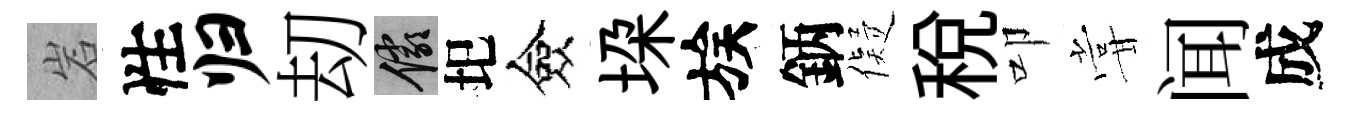
岩性归刧儼圯僉垜族鈵儗稅叩甞闻成